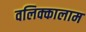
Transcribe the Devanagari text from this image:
वलिक्कालाम